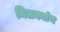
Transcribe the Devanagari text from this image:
मिलक्यांग